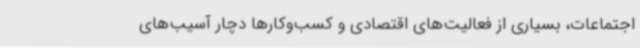
اجتماعات، بسیاری از فعالیت‌های اقتصادی و کسب‌وکارها دچار آسیب‌های